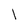
Character: 1